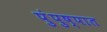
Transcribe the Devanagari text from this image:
पुंपुष्पात